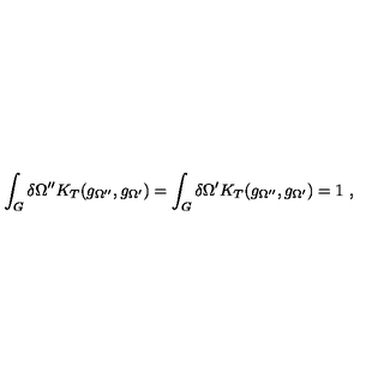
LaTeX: \int _ { G } ^ { } \delta \Omega ^ { \prime \prime } K _ { T } ( g _ { \Omega ^ { \prime \prime } } , g _ { \Omega ^ { \prime } } ) = \int _ { G } ^ { } \delta \Omega ^ { \prime } K _ { T } ( g _ { \Omega ^ { \prime \prime } } , g _ { \Omega ^ { \prime } } ) = 1 \ ,